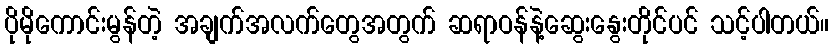
ပိုမိုကောင်းမွန်တဲ့ အချက်အလက်တွေအတွက် ဆရာဝန်နဲ့ဆွေးနွေးတိုင်ပင် သင့်ပါတယ်။